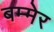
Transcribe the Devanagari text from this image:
बम्मेर